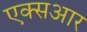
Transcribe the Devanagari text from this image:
एक्सआर